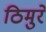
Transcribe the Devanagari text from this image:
ठिमुरे